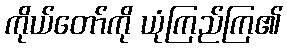
ကိုယ်တော်ကို ယုံကြည်ကြ၏